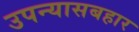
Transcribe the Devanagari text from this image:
उपन्यासबहार